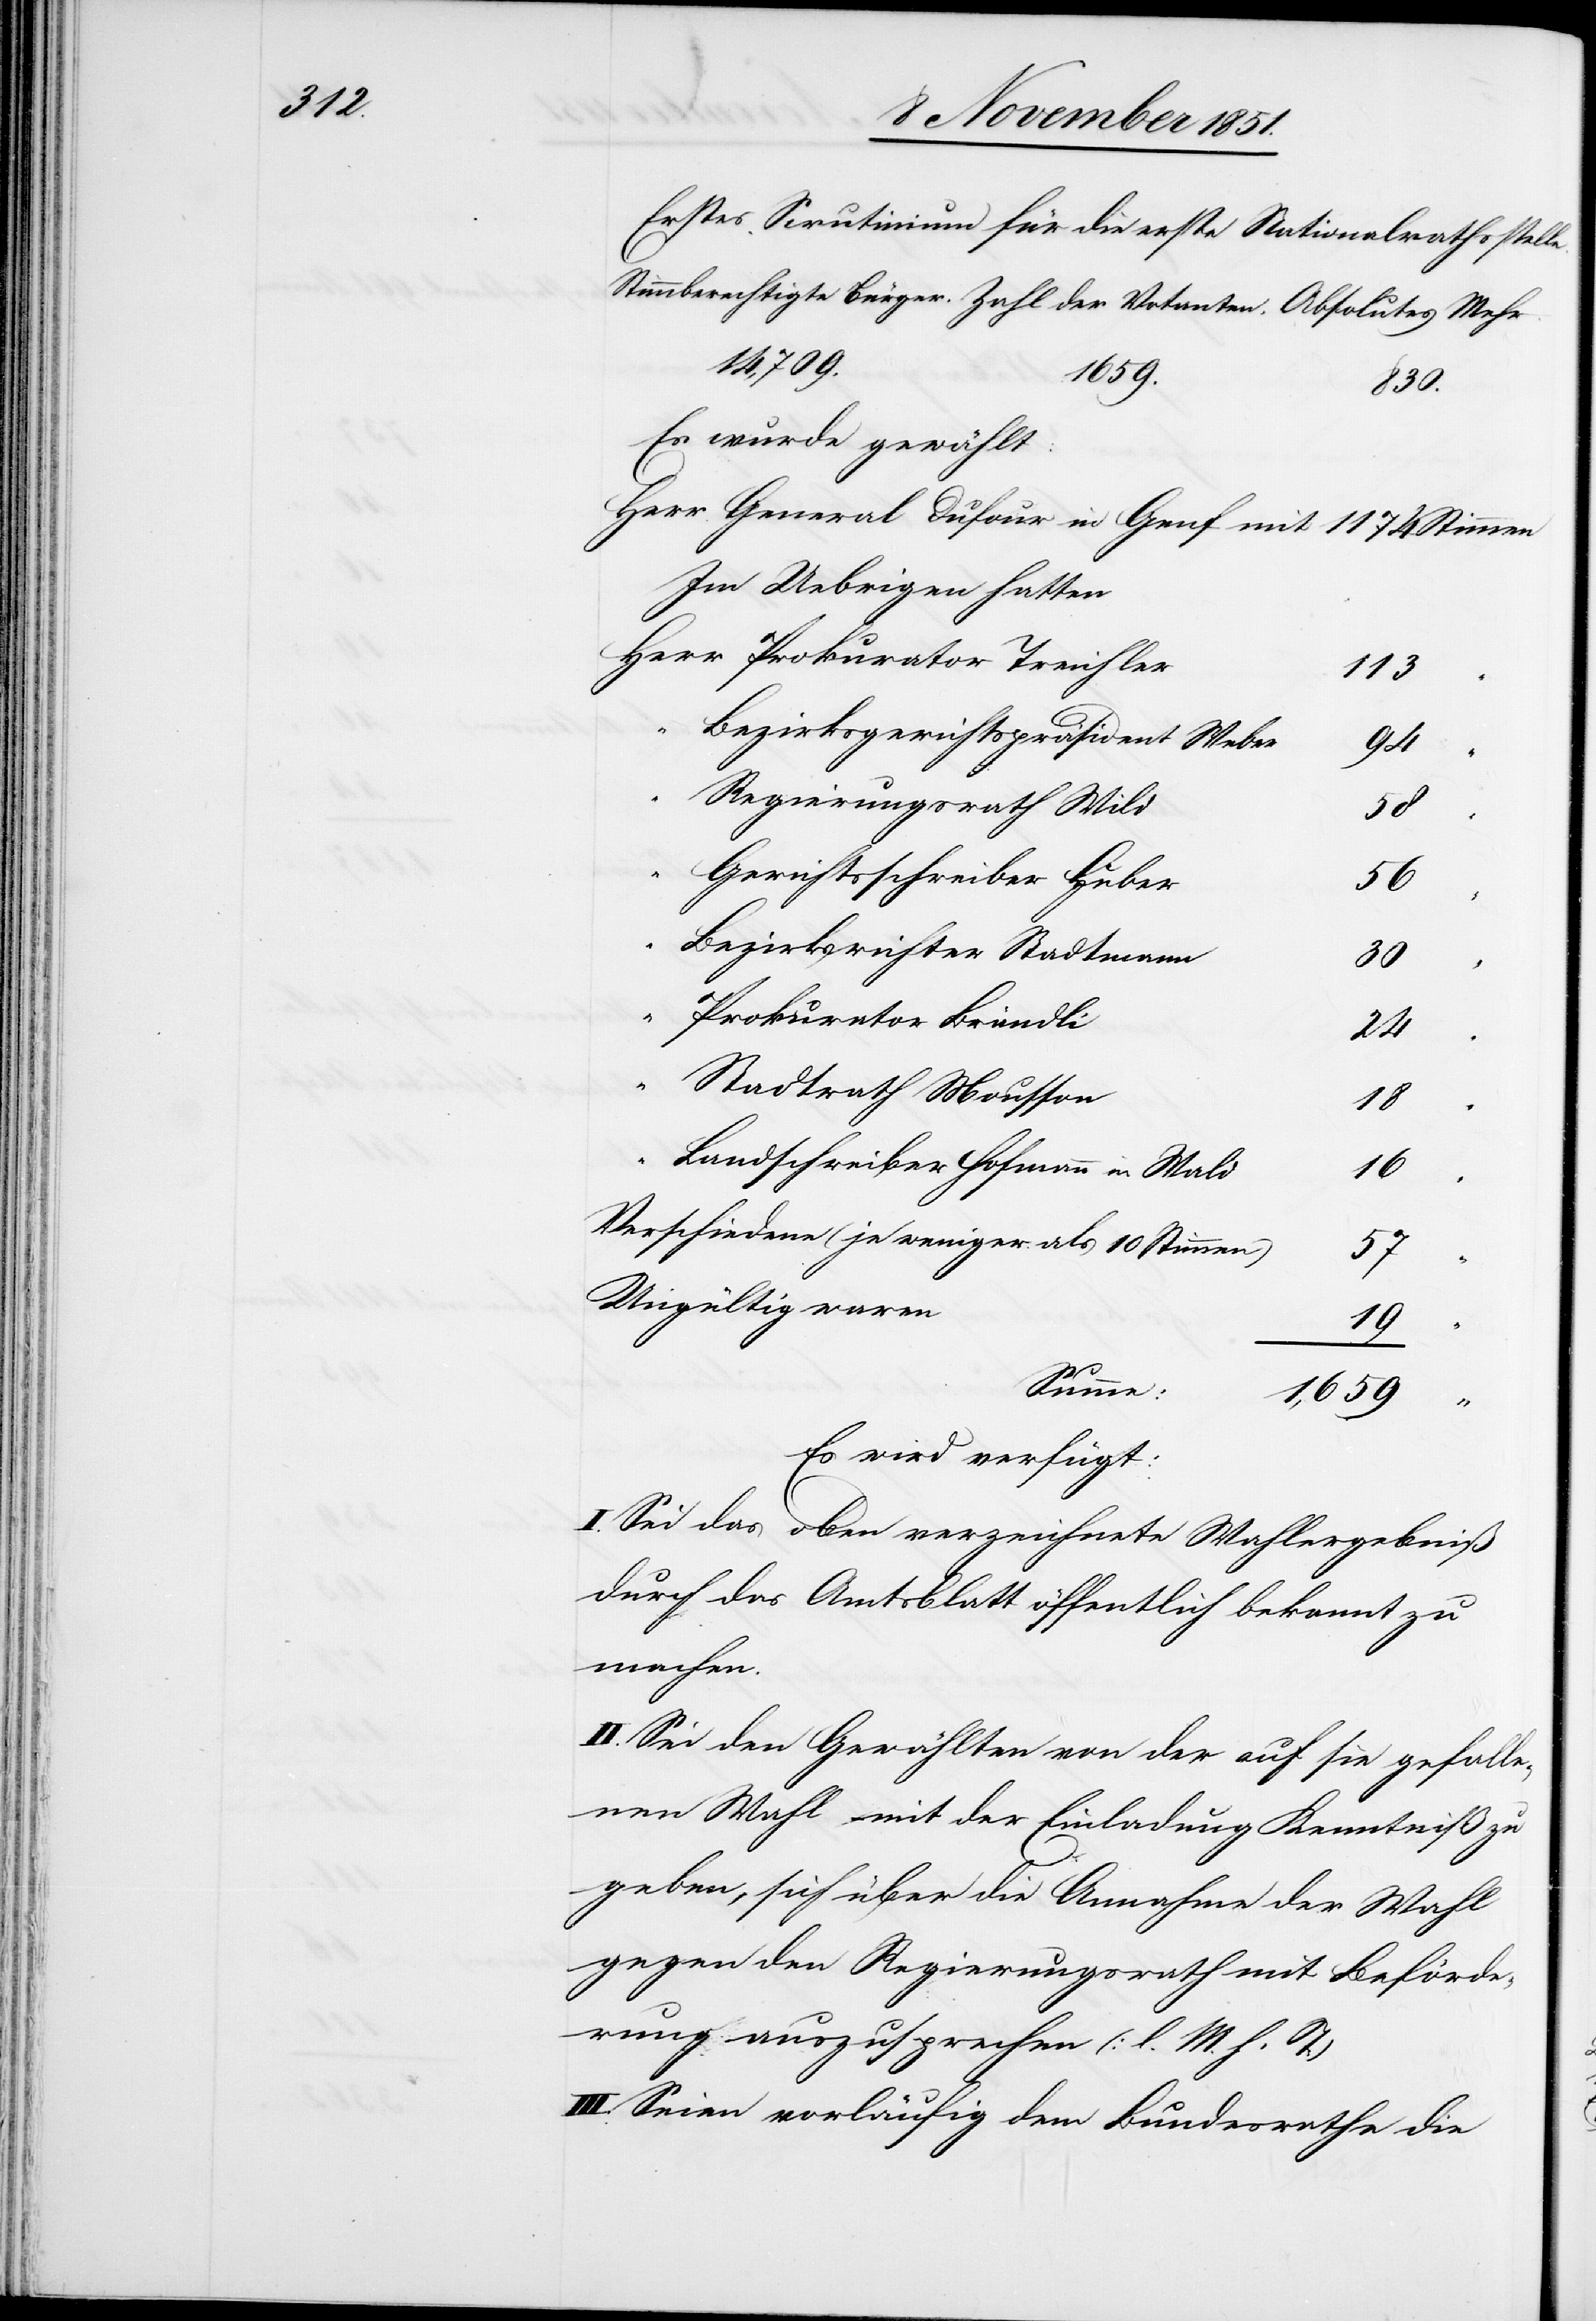
Erstes Scrutinium für die erste Nationalrathsstelle.
1174
1659.
830.
Es wurde gewählt:
Im Uebrigen hatten
Prokurator Treichler
113
Bezirksgerichtspräsident Weber
94
Regierungsrath Wild
58
Gerichtsschreiber Huber
56
Bezirksrichter Stadtmann
30
“
Prokurator Brändli
24
Stadtrath Mousson
18
Landschreiber Hofmann in Wald
16
Verschiedene (je weniger als 10 Stimmen)
57
Ungültig waren
19
Summe:
1,659
Es wird verfügt:
I. Sei das oben verzeichnete Wahlergebniß
durch das Amtsblatt öffentlich bekannt zu
machen.
II. Sei den Gewählten von der auf sie gefalle¬
nen Wahl mit der Einladung Kenntniß zu
geben, sich über die Annahme der Wahl
gegen den Regierungsrath mit Beförde¬
rung auszusprechen (l. M. h. T)
III. Seien vorläufig dem Bundesrathe die